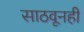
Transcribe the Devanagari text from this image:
साठवूनही